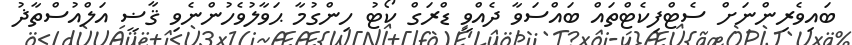
ބައިވެރިންނަށް ސެޓްފިކެޓްތައް ބައްސަވާ ދެއްވީ ޑްރަގް ކޯޓު ހިންގުމާ ޙަވާލުވެހުންނެވި ޤާޟީ އަލްއުސްތާޛު